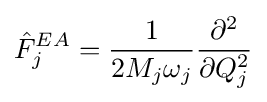
{\hat {F}}_{j}^{EA}={\frac {1}{2M_{j}\omega _{j}}}{\frac {\partial ^{2}}{\partial Q_{j}^{2}}}